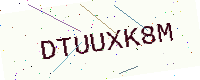
Text: DTUUXK8M